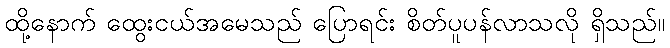
ထို့နောက် ထွေးငယ်အမေသည် ပြောရင်း စိတ်ပူပန်လာသလို ရှိသည်။